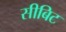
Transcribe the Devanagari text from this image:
सीबिट